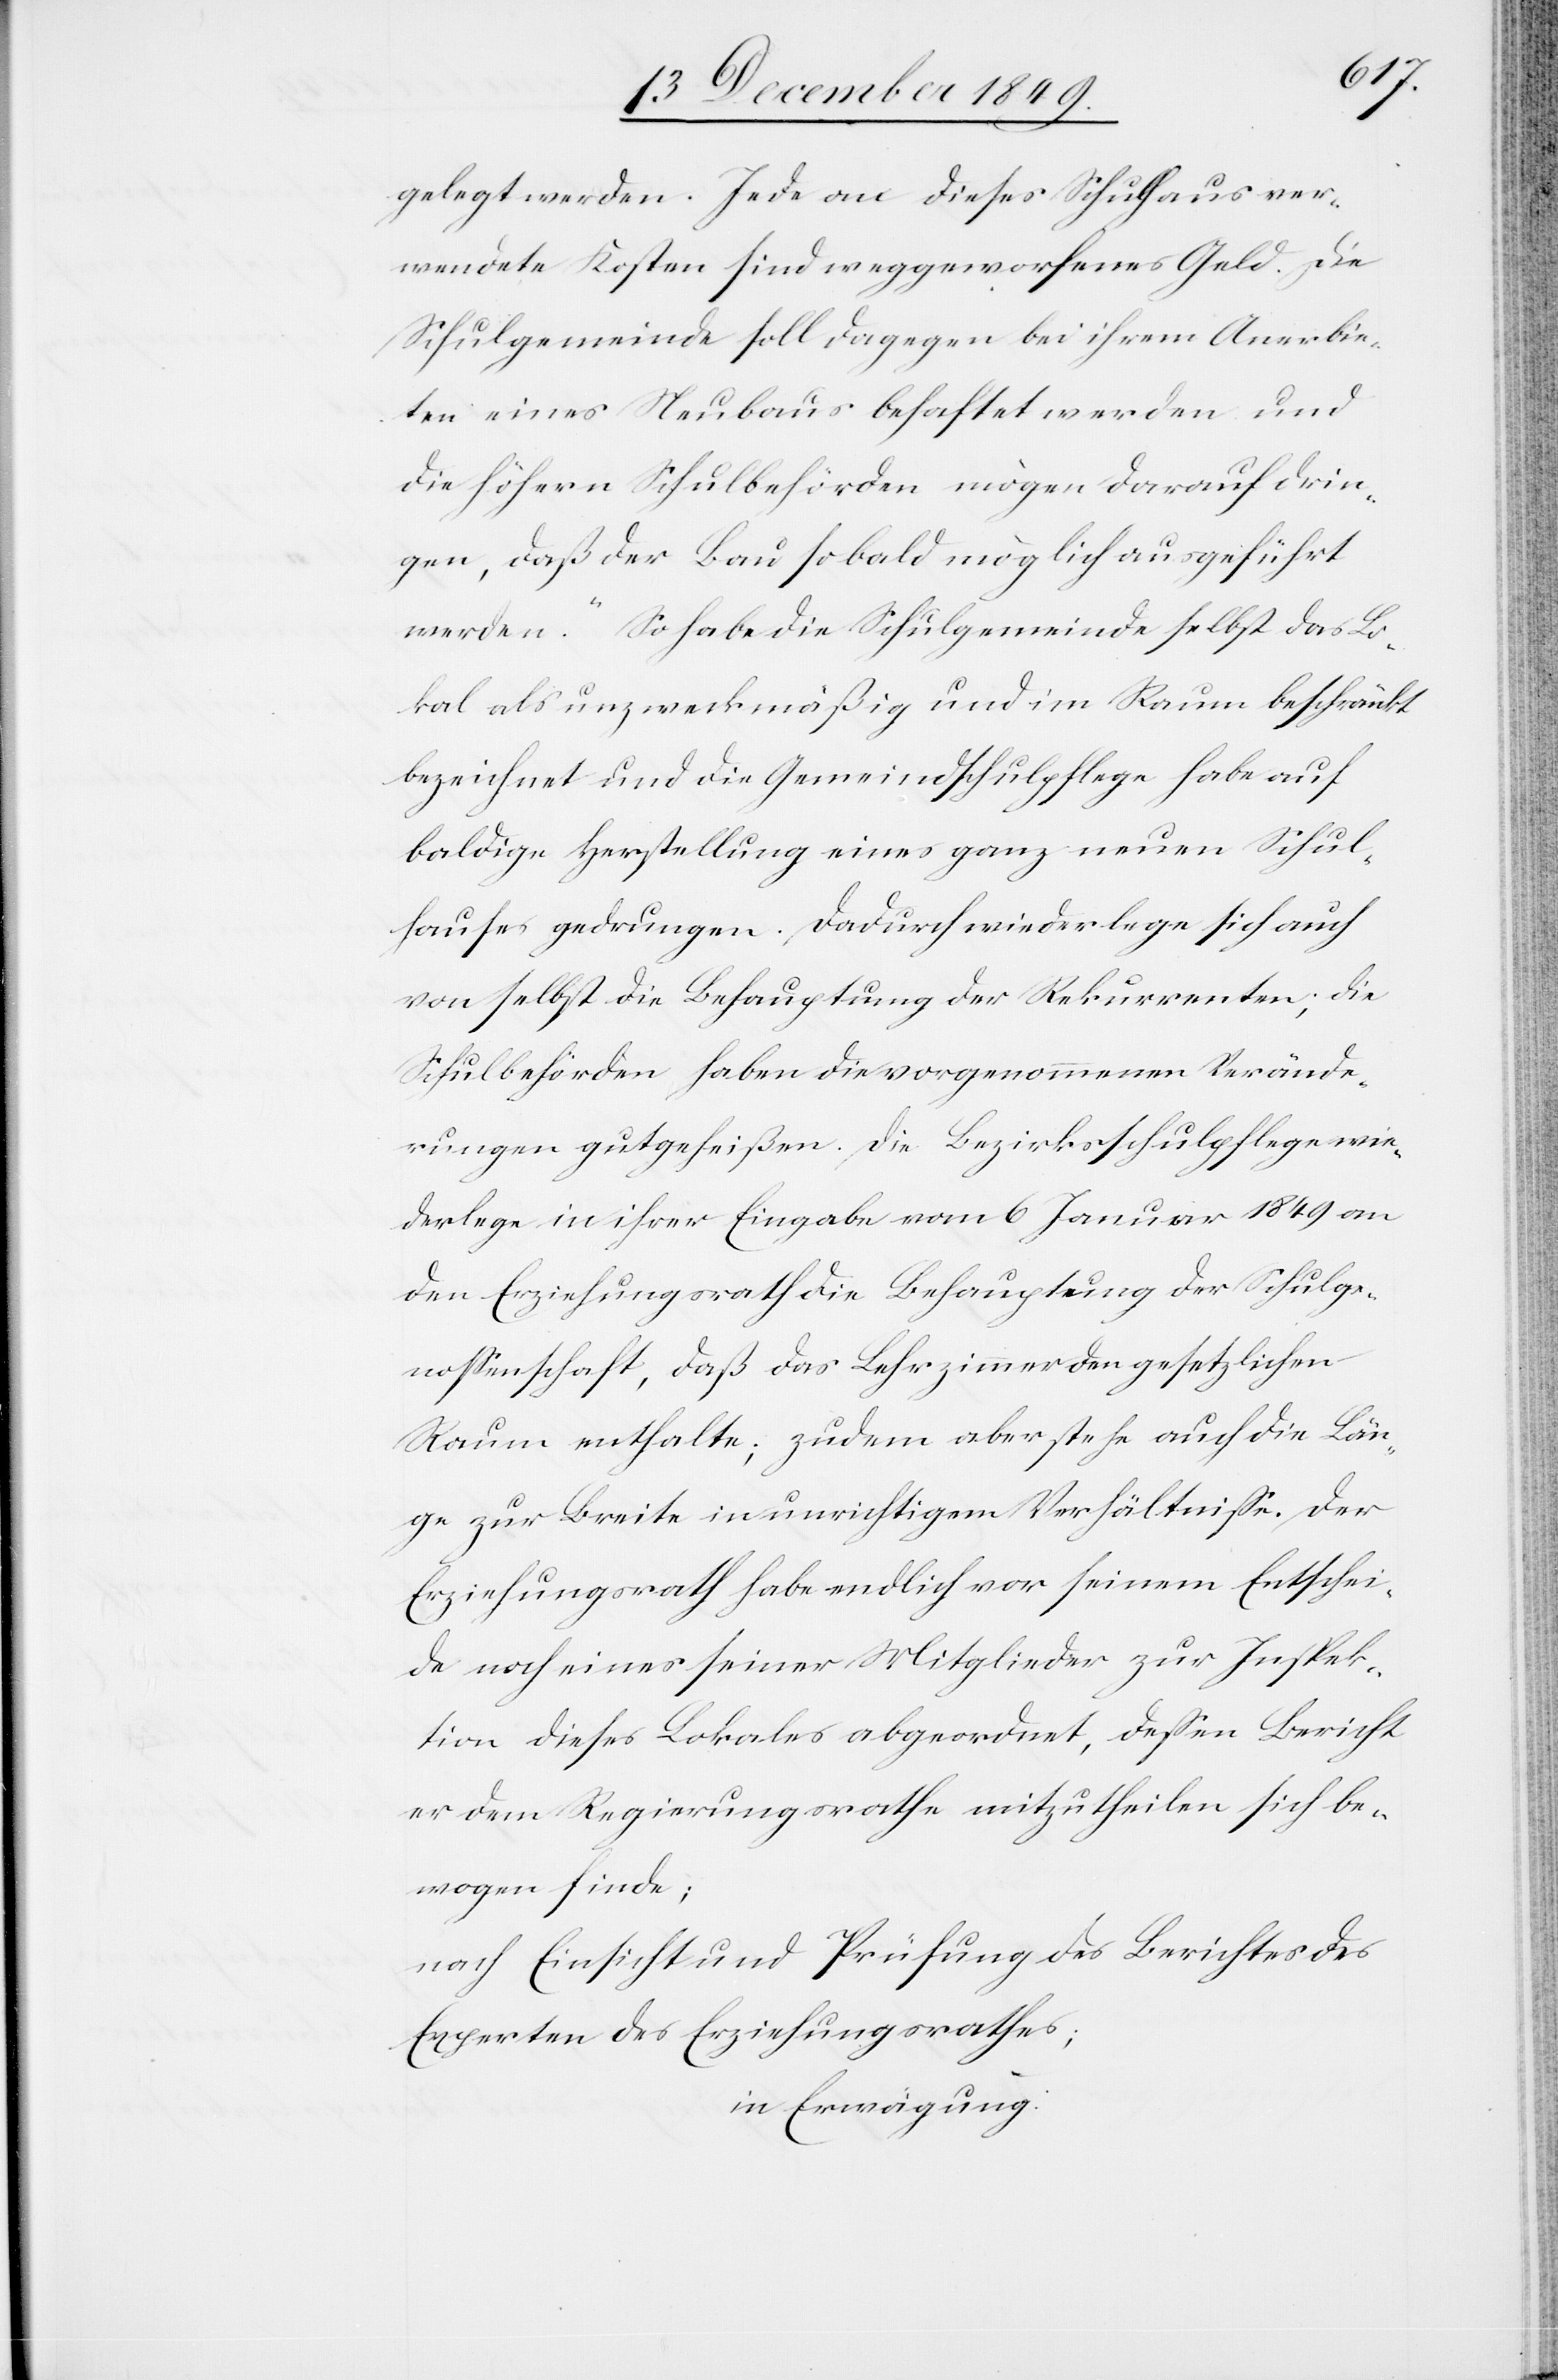
gelegt werden. Jede an dieses Schulhaus ver¬
wendete Kosten sind weggeworfenes Geld [sic!]. Die
Schulgemeinde soll dagegen bei ihrem Anerbie¬
ten eines Neubaues behaftet werden und
die höhern Schulbehörden mögen darauf drin¬
gen, daß der Bau so bald möglich ausgeführt
werden [sic!]. So habe die Schulgemeinde selbst das Lo¬
kal als unzweckmäßig und im Raum beschränkt
bezeichnet und die Gemeindrathsschulpflege habe auf
baldige Herstellung eines ganz neuen Schul¬
hauses gedrungen. Dadurch wiederlege sich auch
von selbst die Behauptung der Rekurrenten; die
Schulbehörden haben die vorgenommenen Verände¬
rungen gutgeheißen. Die Bezirksschulpflege wie¬
derlege in ihrer Eingabe vom 6 Januar 1849 an
den Erziehungsrath die Behauptung der Schulge¬
noßenschaft, daß das Lehrerzimmer den gesetzlichen
Raum enthalte; zudem aber stehe auch die Län¬
ge zur Breite in unrichtigem Verhältniße. Der
Erziehungsrath habe endlich vor seinem Entschei¬
de noch eines seiner Mitglieder zur Inspek¬
tion dieses Lokales abgeordnet, deßen Bericht
er dem Regierungsrathe mitzutheilen sich be¬
wogen finde;
nach Einsicht und Prüfung des Berichtes des
Experten des Erziehungsrathes;
in Erwägung: